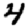
Digit: 4